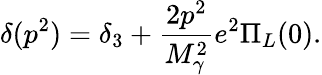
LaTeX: \delta(p^{2})=\delta_{3}+\frac{2p^{2}}{M_{\gamma}^{2}}e^{2}\Pi_{L}(0).